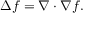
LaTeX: \Delta f = \nabla \cdot \nabla f .